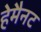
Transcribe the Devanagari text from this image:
हेमैनट